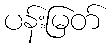
ပန်းမြတ်